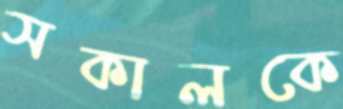
সকালকে